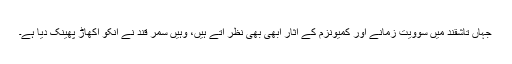
جہاں تاشقند میں سوویت زمانے اور کمیونزم کے آثار ابھی بھی نظر آتے ہیں، وہیں سمر قند نے انکو اکھاڑ پھینک دیا ہے۔